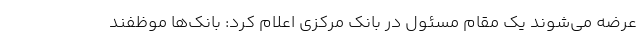
عرضه می‌شوند یک مقام مسئول در بانک مرکزی اعلام کرد: بانک‌ها موظفند